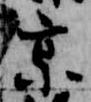
京